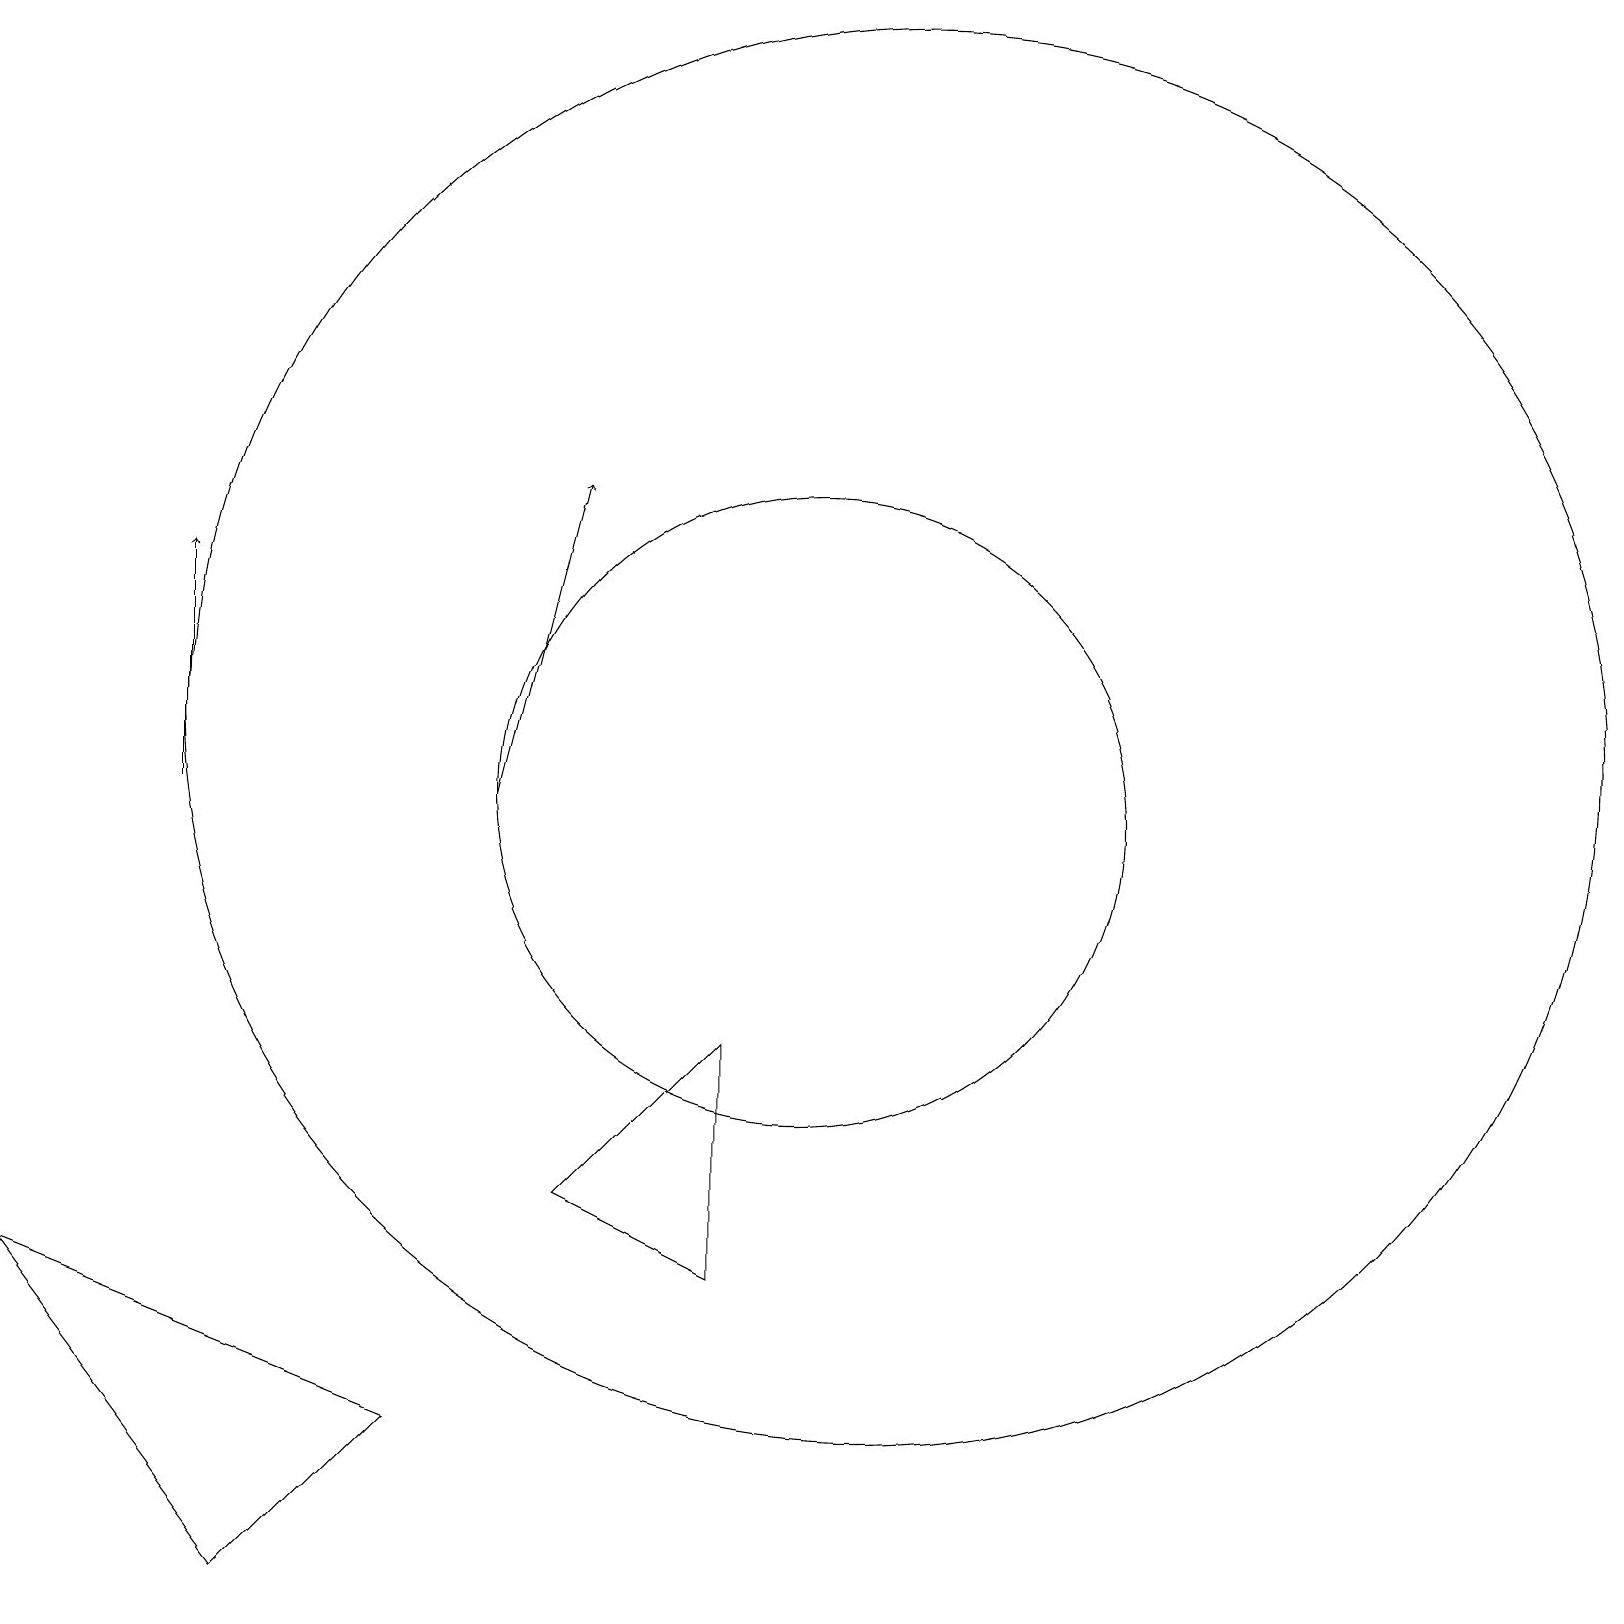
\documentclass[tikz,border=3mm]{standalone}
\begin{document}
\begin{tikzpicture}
\draw (9,7) -- (7,5) -- (9,4) -- cycle;
\draw (5,2) -- (3,0) -- (0,4) -- cycle;
\draw[->] (6,10) -- (7,14);
\draw (11,11) circle (9);
\draw (10,10) circle (4);
\draw[->] (2,10) -- (2,13);
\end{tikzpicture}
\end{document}